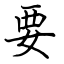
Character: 要